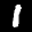
Label: 1